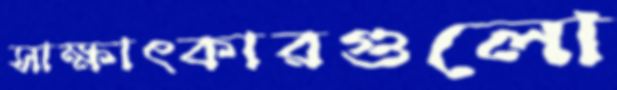
সাক্ষাৎকারগুলো